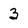
Character: 3